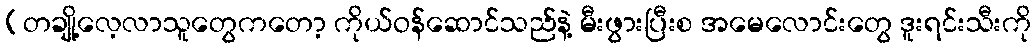
(တချို့လေ့လာသူတွေကတော့ ကိုယ်ဝန်ဆောင်သည်နဲ့ မီးဖွားပြီးစ အမေလောင်းတွေ ဒူးရင်းသီးကို